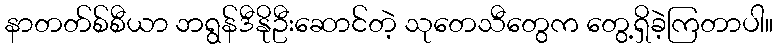
နာတတ်စ်စီယာ ဘရွန်ဒီနိုဦးဆောင်တဲ့ သုတေသီတွေက တွေ့ရှိခဲ့ကြတာပါ။